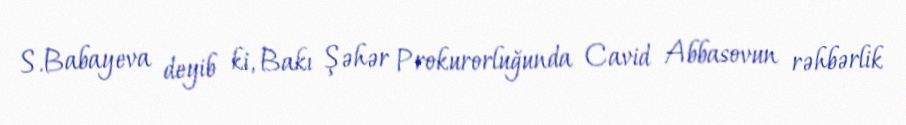
S.Babayeva deyib ki, Bakı Şəhər Prokurorluğunda Cavid Abbasovun rəhbərlik